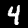
Digit: 4